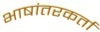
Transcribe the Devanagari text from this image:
भाषांतरकर्ता